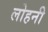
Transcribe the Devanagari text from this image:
लोहनी